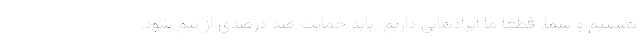
هستیم و شما. قطعا ما ایرادهایی داریم. باید حمایت صد درصدی از تیم شود.